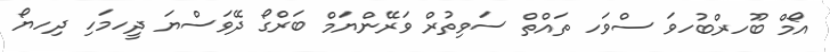
އޯމް ބޫހރްބުހވަ ސްވަހ ތައްތް ސަވިތުރް ވަރޭންޔަމް ބަރްގޯ ދޭވަސްޔަ ދީހމަހި ދިހޔޯ